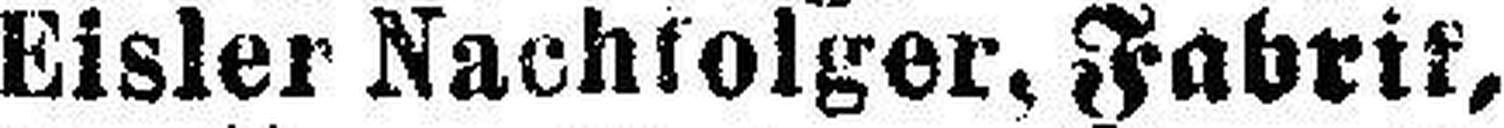
EisIer Nachfolger, Fabrik,